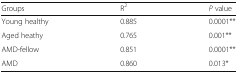
<table><thead><tr><td><b>Groups</b></td><td><b>R<sup>2</sup></b></td><td><b><i>P</i> value</b></td></tr></thead><tbody><tr><td>Young healthy</td><td>0.885</td><td>0.0001**</td></tr><tr><td>Aged heathy</td><td>0.765</td><td>0.001**</td></tr><tr><td>AMD-fellow</td><td>0.851</td><td>0.0001**</td></tr><tr><td>AMD</td><td>0.860</td><td>0.013*</td></tr></tbody></table>